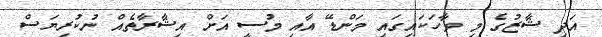
އަދި ޝާޒުގެ މި ވާހަކައިގައި މަންޑޭ އާއި މުސީ އަށް އިޝާރާތެއް ނުކުރިޔަސް